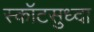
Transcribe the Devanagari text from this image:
स्कॉटसुध्दा